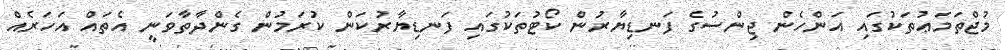
މުޖްތަމަޢުތަކުގައި އަންހެން ޖިންސުގެ ފަނޑިޔާރުން ކޯޓުތަކުގައި ފަނޑިޔާރުކަން ކުރަމުން ގެންދާތާވަނީ އެތައް އަހަރެއް